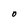
Character: O